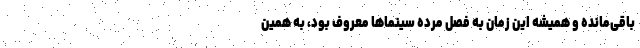
باقی‌مانده و همیشه این زمان به فصل مرده سینماها معروف بود، به همین